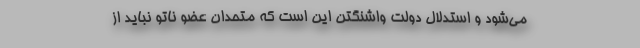
می‌شود و استدلال دولت واشنگتن این است که متحدان عضو ناتو نباید از